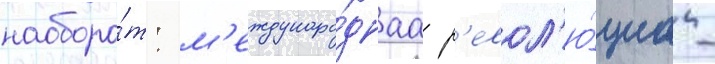
наоборо́т: м'еждунаро́днаа р'евол'ю́циа -